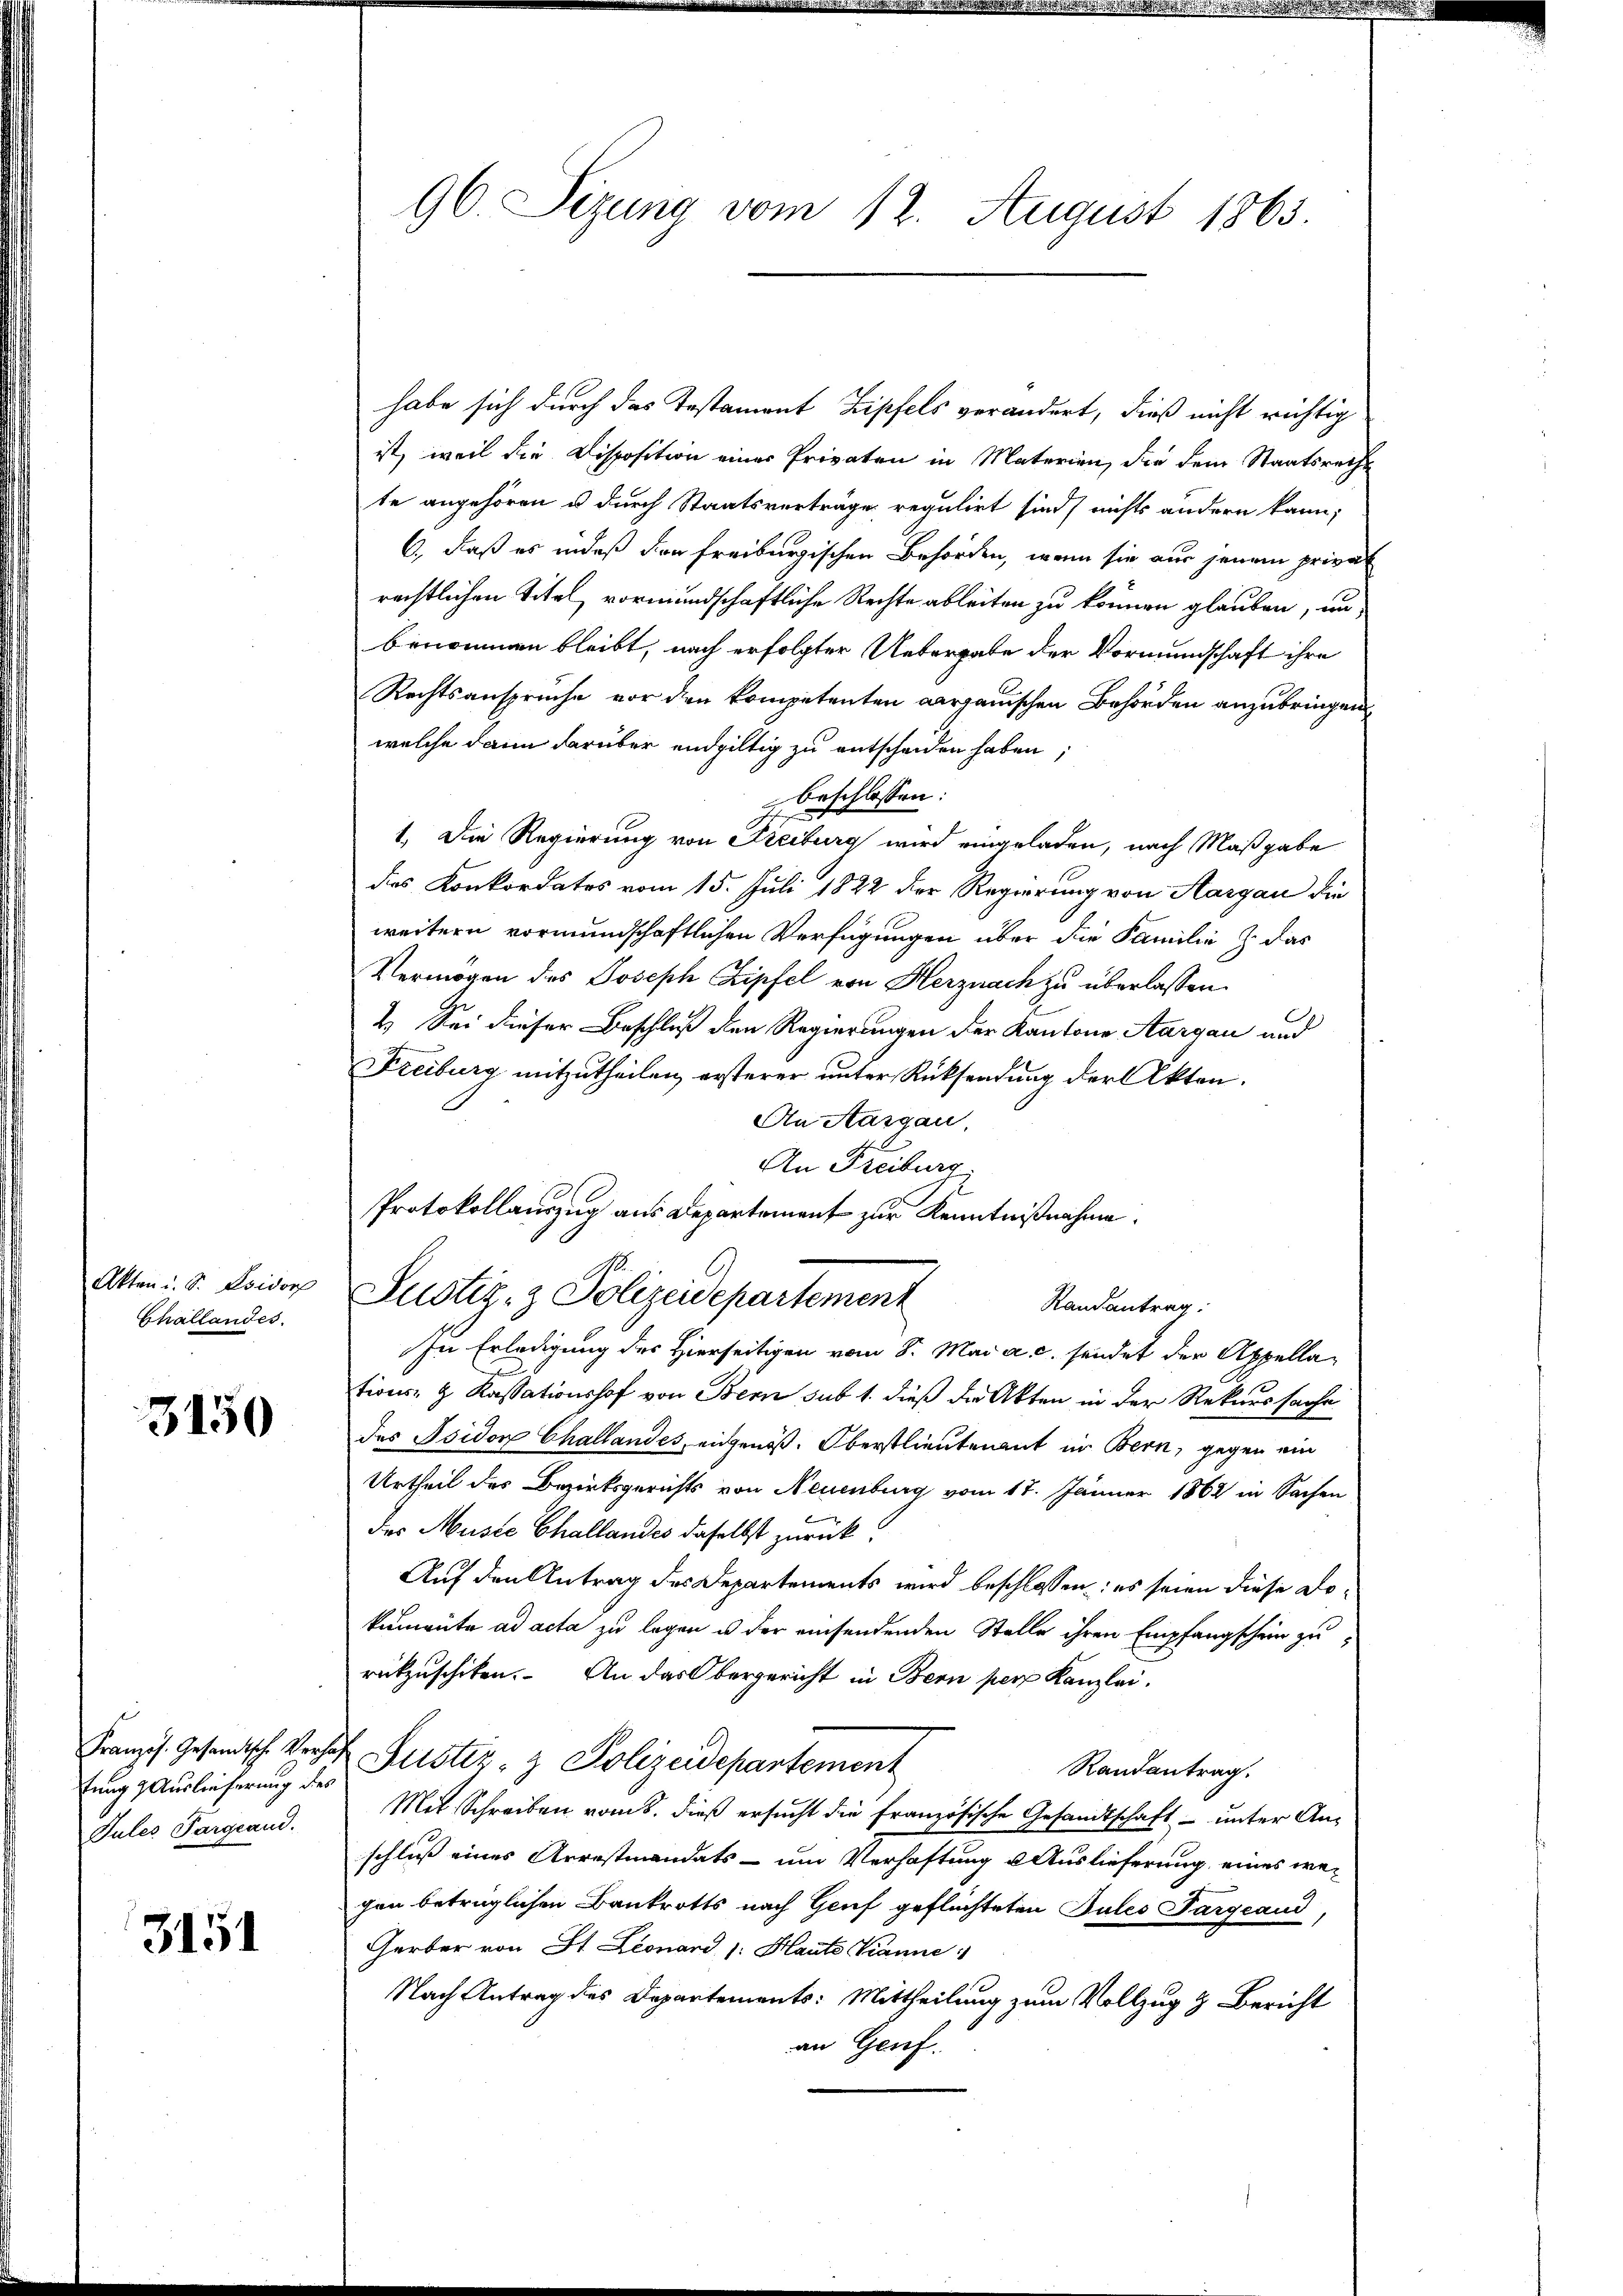
Challandes.

3150

Französ. Gesandtsche Verhe
tung & Auslieferung des
Jules Pargeand.

3151

96 Sizung vom 12. August 1863.

habe sich durch das Testament Zipfels verändert, dieß nicht richtig
ist, weil die Disposition einer Privaten in Materien, die dem Staatsrecht
te angehören u durch Staatsverträge regulirt sind, nichts andern kann.
6., daß es indeß der freiburgischen Behörden, wenn sie aus jenem privat
rechtlichen Titel, vormundschaftliche Rechte ableiten zu können glauben, un
benommen bleibt, nach erfolgter Untergabe der Vormundschaft ihre
Rechtsansprüche vor den kompetenten aargauischen Behörden anzubringen
welche dann darüber endgültig zu entscheiden haben,
beschlossen:
1. Die Regierung von Freiburg wird eingeladen, nach Maßgabe
des Konkordates vom 15. Juli 1822 der Regierung von Aargau die
weitern vormundschaftlichen Verfügungen über die Familie & das
Vermögen des Joseph Zipfel von Herznach zu überlassen.
4.) Sei dieser Beschluß den Regierungen der Kantone Aargau und
Freiburg mitzutheilen, ersterer unter Rücksendung der Akten.
An Aargau
An Freiburg
Protokollauszug aus Departement zur Kenntnißnahme.
Akten : S. Evider Justiz- & Polizeidepartement
Randantrag.
In Erledigung des Hierseitigen vom 8. Mai a.c. sendet der Appellations- & Kassationshof von Bern sub 1. dieß die Akten in der Rekurssache
des Isidor Challandes, eidgenöß. Oberstlieutenant in Bern, gegen ein
Urtheil des Bezirksgerichts von Neuenburg vom 17. Jänner 1862 in Sachen
des Muste Challandes daselbst zurück:
Auf den Antrag des Departements wird beschlossen: es seien diese Dokumente ad acta zu legen u der einsendenden Stelle ihren Empfangschein zu
rükzuschiken. An das Obergericht in Bern per Kanzlei.
 Justiz- & Polizeidepartement
Randantrag.
Mit Schreiben vom 5. dieß ersucht die französische Gesandtschaft – unter Anschluß eines Arrestmandats - um Verhaftung Auslieferung eines wegen betrüglichen Bankrotts nach Genf geflüchteten Jules Pargeaud,
Gerber von St. Leonard 1: Haute Kanne
Nach Antrag des Departements: Mittheilung zum Vollzug & Bericht
an Genf.